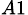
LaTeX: _{A1}